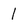
Character: 1